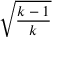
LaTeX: \sqrt { \frac { k - 1 } { k } }